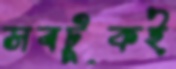
সবটুকই